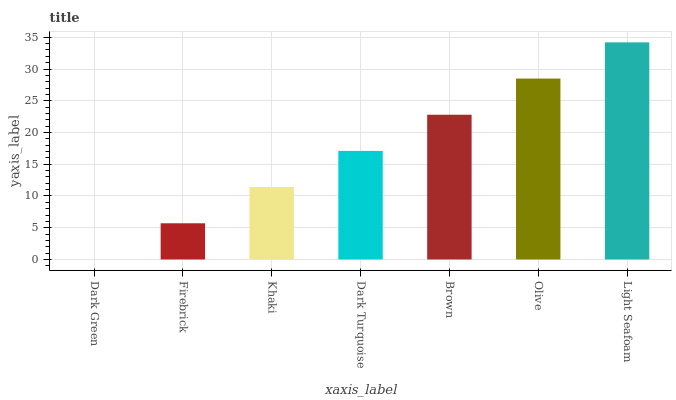
| xaxis_label | bars |
 | --- | --- |
 | Dark Green | 0 |
 | Firebrick | 5.7 |
 | Khaki | 11.4 |
 | Dark Turquoise | 17.1 |
 | Brown | 22.8 |
 | Olive | 28.5 |
 | Light Seafoam | 34.2 |